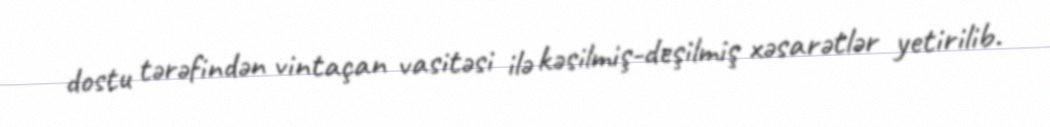
dostu tərəfindən vintaçan vasitəsi ilə kəsilmiş-deşilmiş xəsarətlər yetirilib.